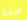
منذ